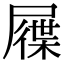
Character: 屧